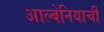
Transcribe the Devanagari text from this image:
आल्बेनियाची